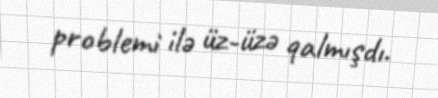
problemi ilə üz-üzə qalmışdı.